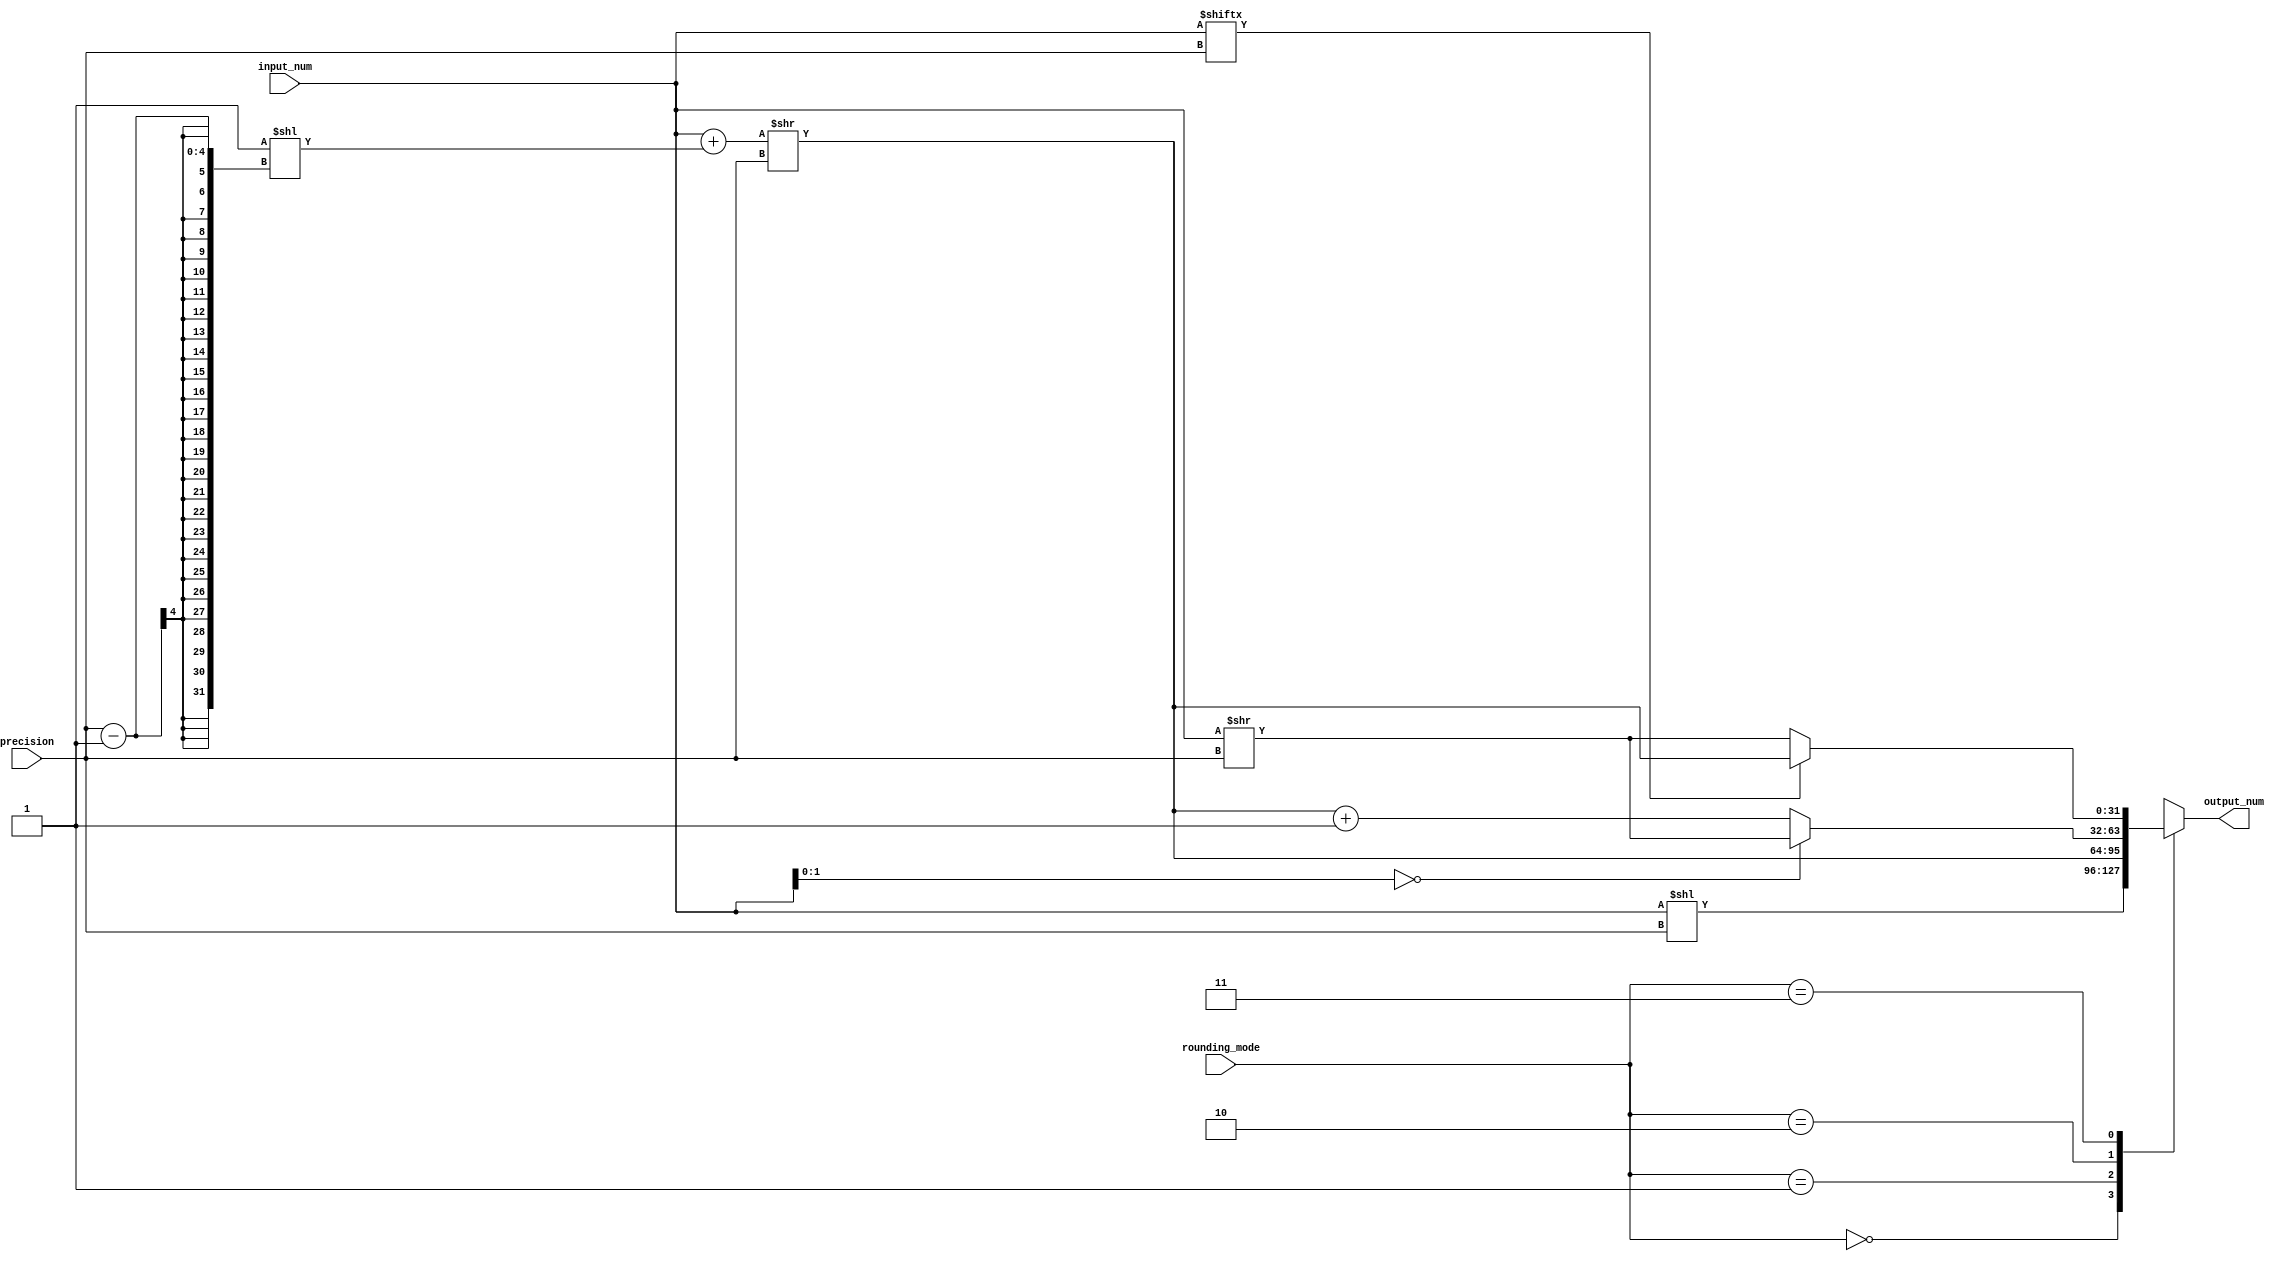
module fixed_point_rounding_unit (
    input [31:0] input_num,
    input [3:0] precision,
    input [1:0] rounding_mode,
    output reg [31:0] output_num
);

always @(*) begin
    case(rounding_mode)
        2'b00: output_num = input_num << precision;
        2'b01: output_num = (input_num + (1 << (precision-1))) >> precision;
        2'b10: begin
            if(input_num[(precision-1):0] == 0)
                output_num = input_num >> precision;
            else
                output_num = ((input_num + (1 << (precision-1))) >> precision) + 1;
        end
        2'b11: begin
            if(input_num[precision] == 0)
                output_num = input_num >> precision;
            else
                output_num = (input_num + (1 << (precision-1))) >> precision;
        end
    endcase
end

endmodule